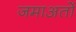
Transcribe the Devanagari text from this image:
जमाअतों